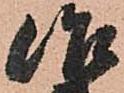
治